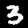
Label: 3